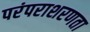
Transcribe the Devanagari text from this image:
परंपराशरणता